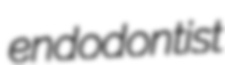
endodontist